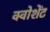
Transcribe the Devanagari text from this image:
क्वोशेंट